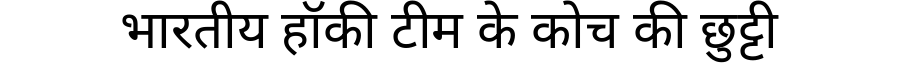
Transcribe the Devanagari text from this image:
भारतीय हॉकी टीम के कोच की छुट्टी